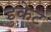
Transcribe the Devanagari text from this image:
डुकेट